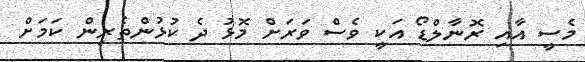
މެސީ އާއި ރޮނާލްޑޯ އަކީ ވެސް ވަރަށް މޮޅު ދެ ކުޅުންތެރިން ކަމަށް